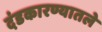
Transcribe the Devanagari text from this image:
दंडकारण्यातले